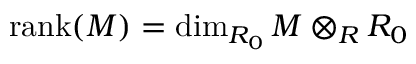
{ \mathrm { r a n k } } ( M ) = \dim _ { R _ { 0 } } M \otimes _ { R } R _ { 0 }